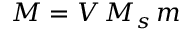
\boldsymbol { M } = V \, M _ { s } \, \boldsymbol { m }